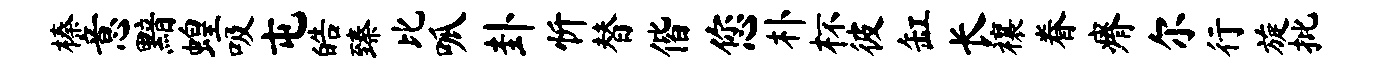
榛意黯蝗吸屯皓臻比呱卦忻替偕您朴杯彼缸长禳眷瘠尔行旋批